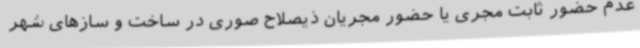
عدم حضور ثابت مجری یا حضور مجریان ذیصلاح صوری در ساخت و سازهای شهر